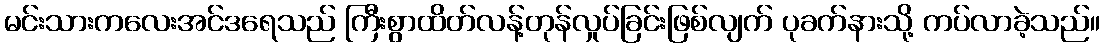
မင်းသားကလေးအင်ဒရေသည် ကြီးစွာထိတ်လန့်တုန်လှုပ်ခြင်းဖြစ်လျက် ပုခက်နားသို့ ကပ်လာခဲ့သည်။